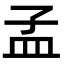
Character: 孟